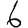
Digit: 6